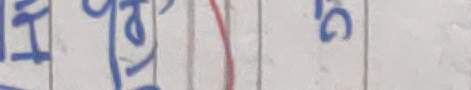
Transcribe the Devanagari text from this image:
१ छ ती गु